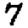
Digit: 7